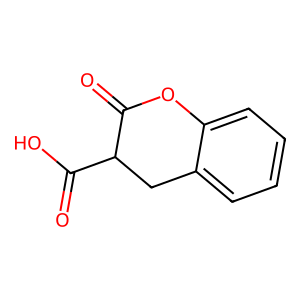
SMILES: O=C(O)C1Cc2ccccc2OC1=O
Inhibits HIV replication: No